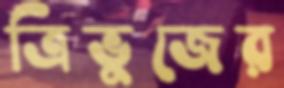
ত্রিভুজের